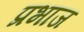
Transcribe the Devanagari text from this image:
प्रभाज